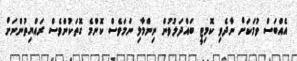
އެއްބަސް ވުމަކަށް ނާދެވި ކޮމިޓީ ބައްދަލުވުން ނިންމާލި ނަމަވެސް ކޮންމެ ގޮތަކުންވެސް ރައްޔިތުންނަށް